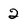
Character: 2